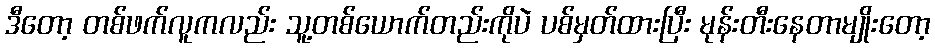
ဒီတော့ တစ်ဖက်လူကလည်း သူ့တစ်ယောက်တည်းကိုပဲ ပစ်မှတ်ထားပြီး မုန်းတီးနေတာမျိုးတော့